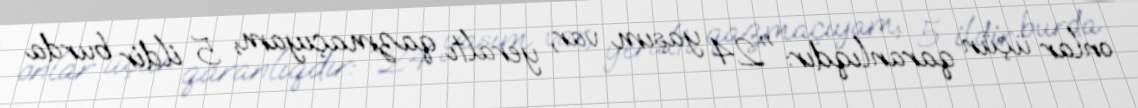
onlar üçün qaranlıqdır: "24 yaşım var, yeraltı qazmaçıyam, 5 ildir burda